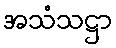
အသံသဋ္ဌာ